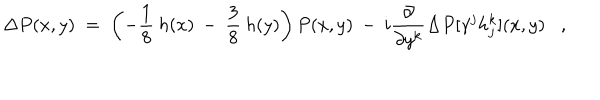
LaTeX: \Delta P ( x , y ) \; = \; \left( - \frac { 1 } { 8 } \: h ( x ) \: - \: \frac { 3 } { 8 } \: h ( y ) \right) P ( x , y ) \: - \: i \frac { \partial } { \partial y ^ { k } } \Delta P [ \gamma ^ { j } h _ { j } ^ { k } ] ( x , y ) ,